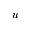
u